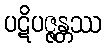
ပဋိပဇ္ဇန္တဿ